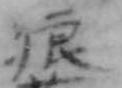
狼